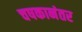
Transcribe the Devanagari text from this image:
चषकानंतर